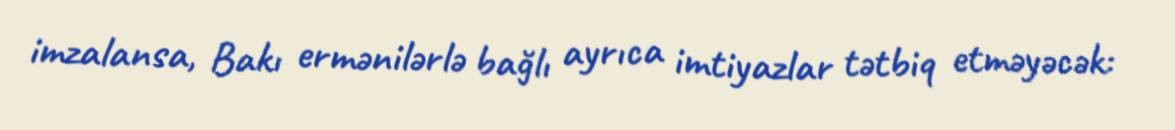
imzalansa, Bakı ermənilərlə bağlı ayrıca imtiyazlar tətbiq etməyəcək: